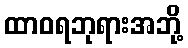
ထာဝရဘုရားအဘို့